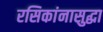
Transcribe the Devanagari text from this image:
रसिकांनासुद्धा